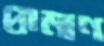
প্রামাণ